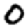
Digit: 0